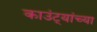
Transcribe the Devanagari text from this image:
काउंट्यांच्या